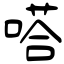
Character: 嗒